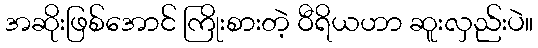
အဆိုးဖြစ်အောင် ကြိုးစားတဲ့ ဝီရိယဟာ ဆူးလှည်းပဲ။